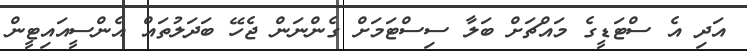
އަދި އެ ސްޓަޑީގެ މައްޗަށް ބަލާ ސިސްޓަމަށް ގެންނަން ޖެހޭ ބަދަލުތައް އެންސީއައިޓީން